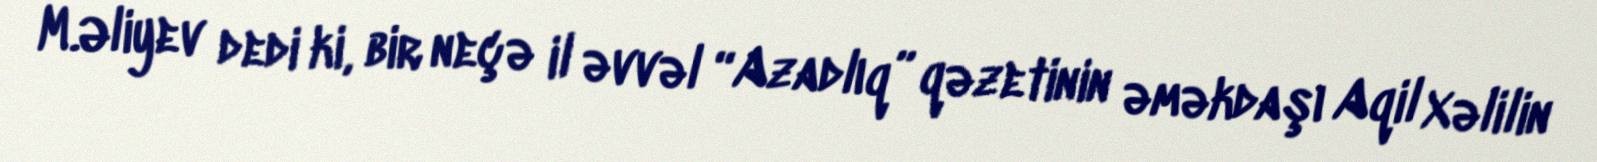
M.Əliyev dedi ki, bir neçə il əvvəl “Azadlıq” qəzetinin əməkdaşı Aqil Xəlilin